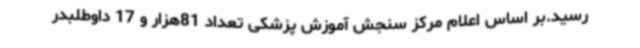
رسید.بر اساس اعلام مرکز سنجش آموزش پزشکی تعداد 81هزار و 17 داوطلبدر